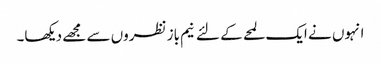
انہوں نے ایک لمحے کے لئے نیم باز نظروں سے مجھے دیکھا۔